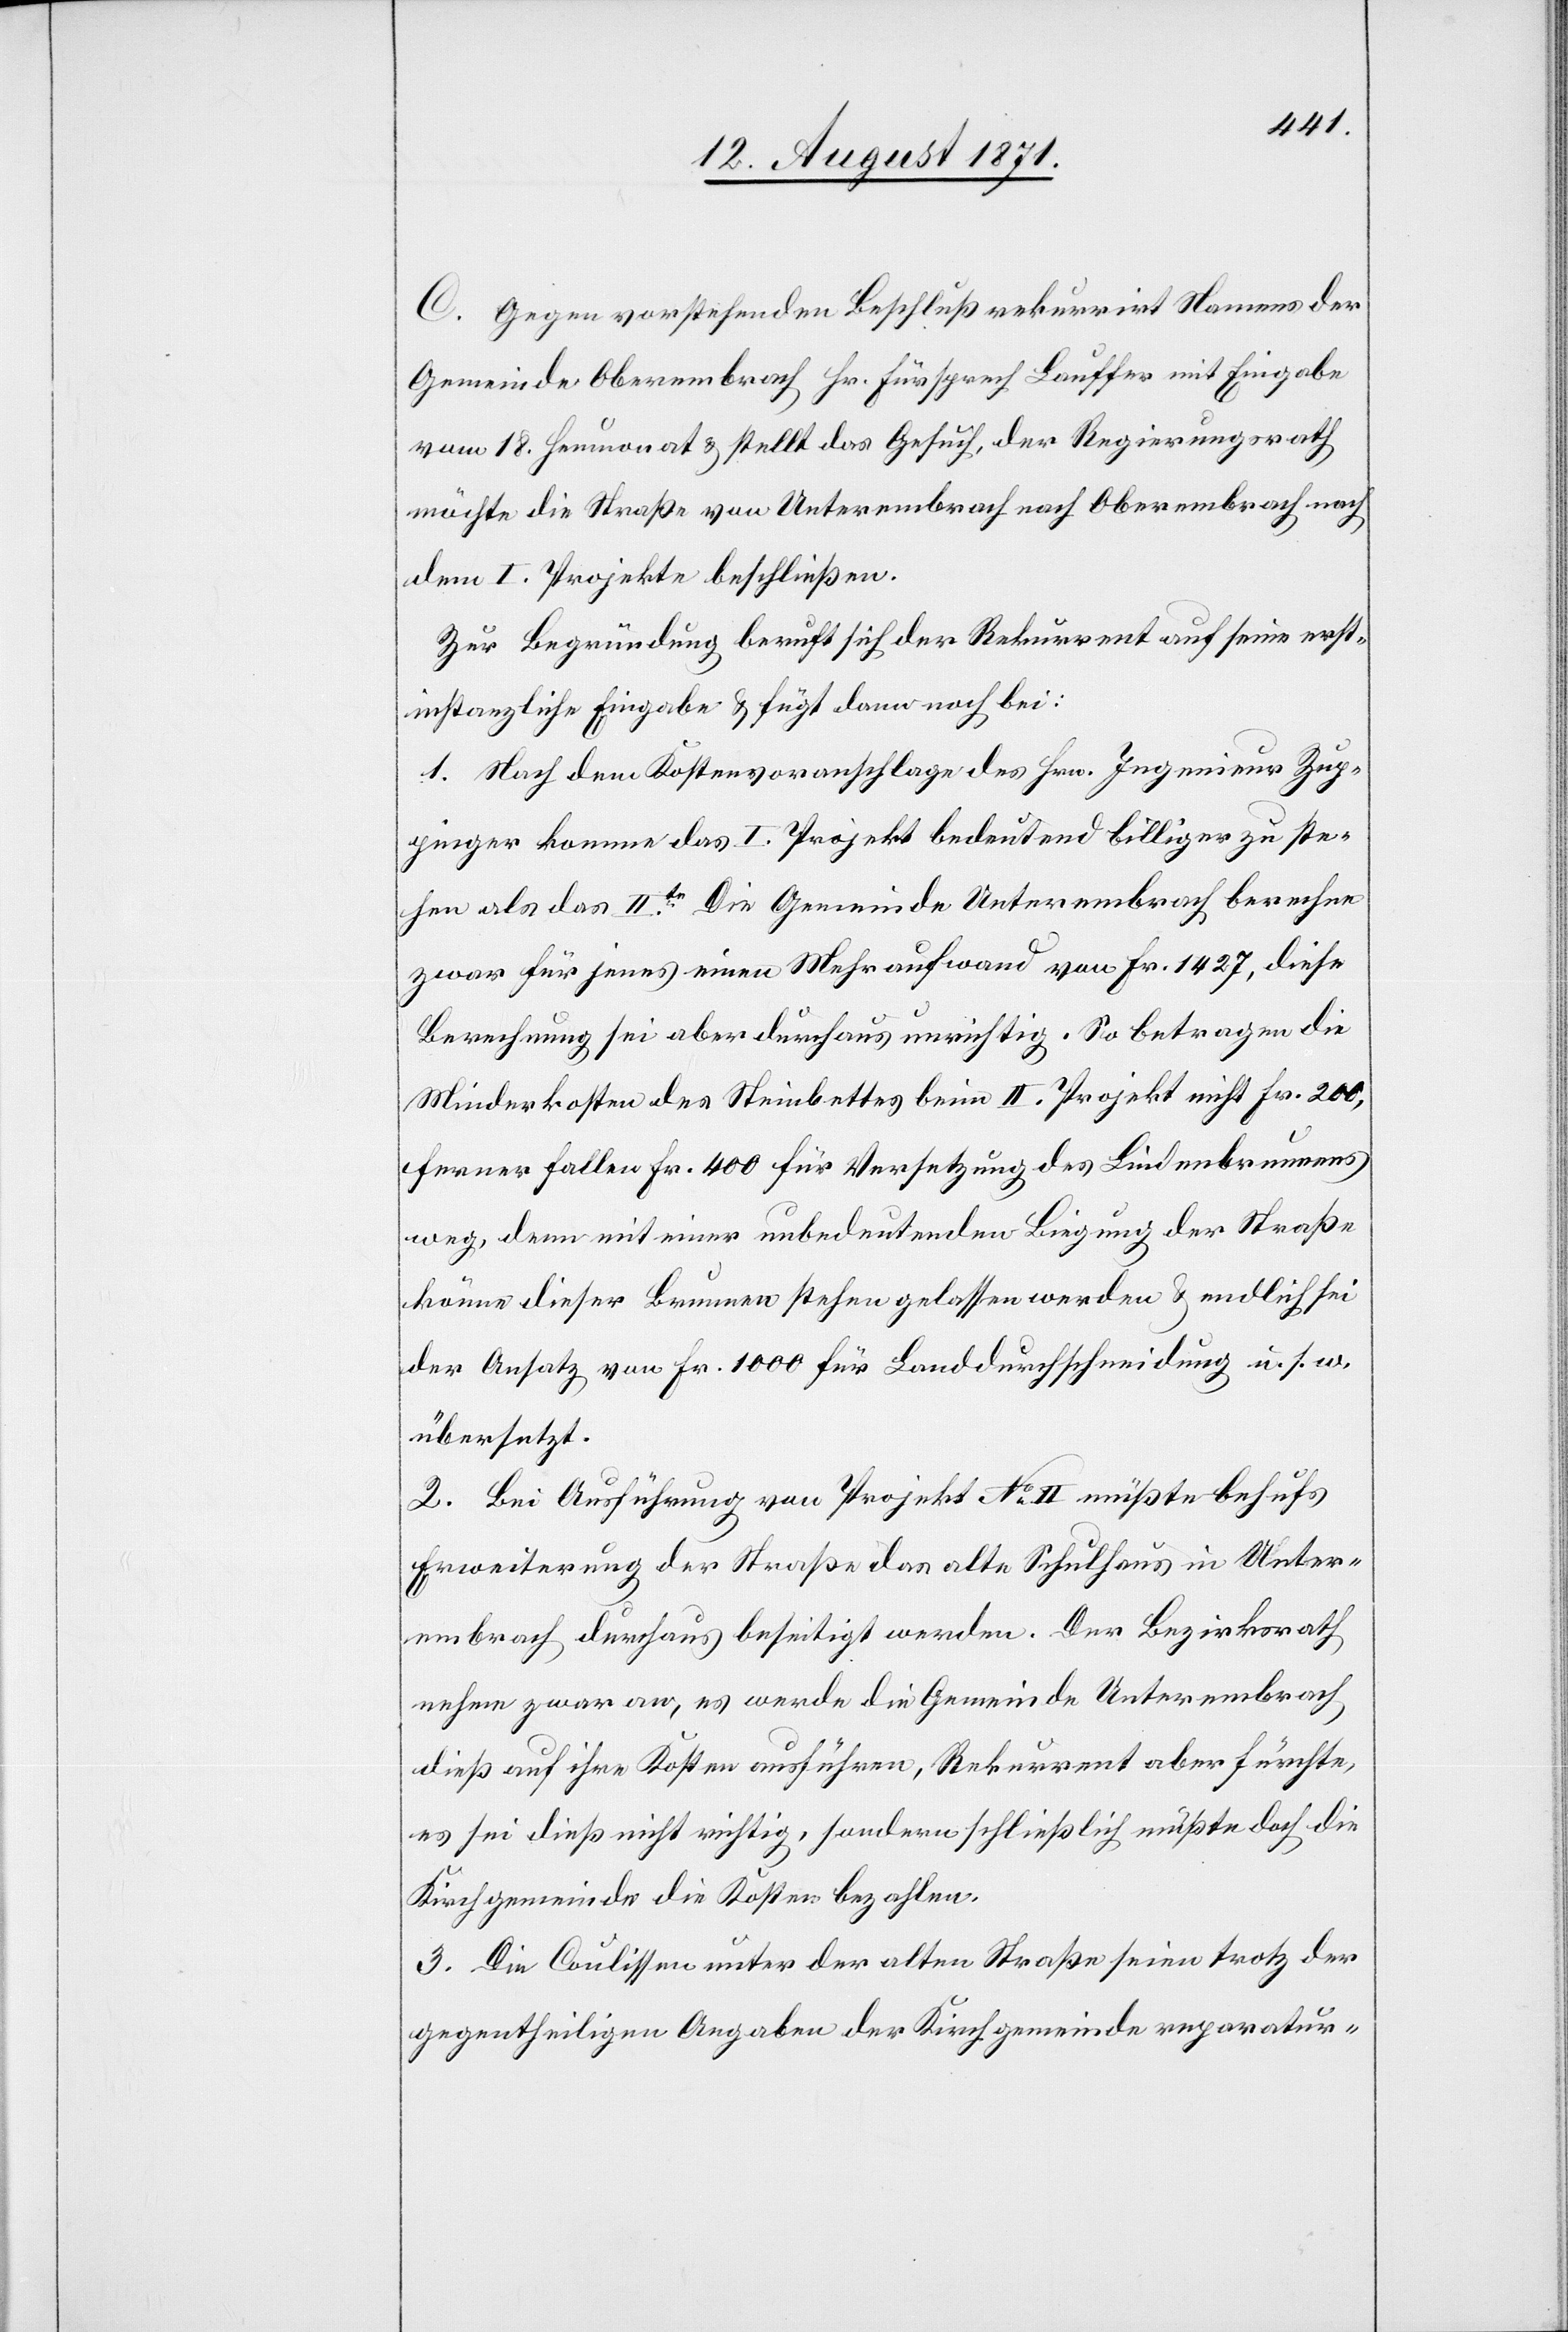
C. Gegen vorstehenden Beschluß rekurrirt Namens der
Gemeinde Oberembrach Hr. Fürsprech Lauffer mit Eingabe
vom 18. Heumonat & stellt das Gesuch, der Regierungsrath
möchte die Straße von Unterembrach nach Obermbrach nach
dem I. Projekte beschließen.
Zur Begründung beruft sich der Rekurrent auf seine erst¬
instanzliche Eingabe & fügt dann noch bei:
1. Nach dem Kostenvoranschlage des Hrn. Ingenieur Zup¬
pinger komme das I. Projekt bedeutend billiger zu ste¬
hen als das IIte. Die Gemeinde Unterembrach brauche
zwar für jenes einen Mehraufwand von Fr. 1427, diese
Berechnung sei aber durchaus unrichtig. So betragen die
Minderkosten des Steinbettes beim II. Projekt nicht Fr. 200,
ferner fallen Fr. 400 für Versetzung des Lindenbrunnens
weg, denn mit einer unbedeutenden Biegung der Straße
könne dieser Brunnen stehen gelassen werden & endlich sei
der Ansatz von Fr. 1000 für Landdurchschneidung u. s. w.
übersetzt.
2. Bei Ausführung von Projekt No°II müßte behufs
Erweiterung der Straße das alte Schulhaus in Unter¬
embrach durchaus beseitigt werden. Der Bezirksrath
nehme zwar an, es werde die Gemeinde Unterembrach,
dieß auf ihre Kosten ausführen, Rekurrent aber fürchte,
es sei dieß nicht richtig, sondern schließlich müßte doch die
Kirchgemeinde die Kosten bezahlen.
3. Die Culissen unter der alten Straße seien trotz der
gegentheiligen Angaben der Kirchgemeinde reparatur-